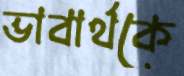
ভাবার্থকে